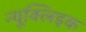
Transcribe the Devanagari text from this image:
न्यूक्‍लिइक